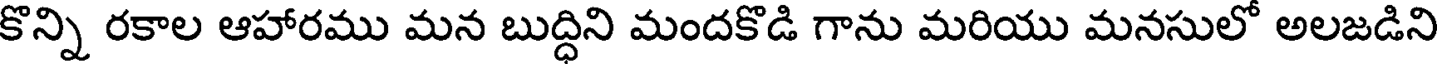
కొన్ని రకాల ఆహారము మన బుద్ధిని మందకొడి గాను మరియు మనసులో అలజడిని